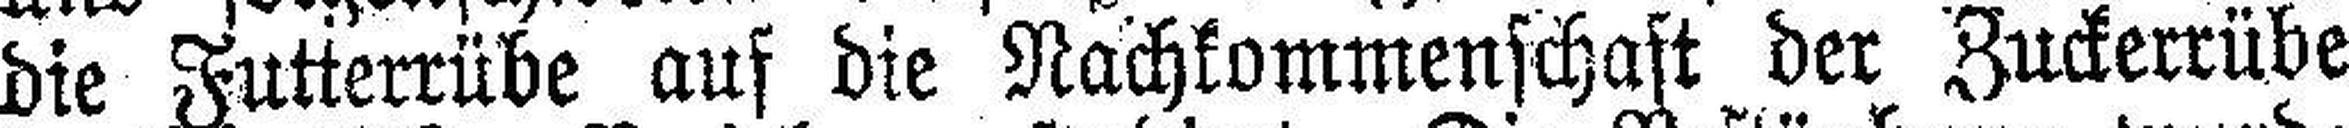
die Futterrübe auf die Nachkommenschaft der Zuckerrübe